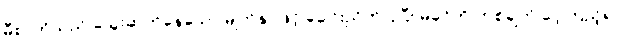
မီစာတိုသည် သွေးဆုတ်နေသော မျက်နှာဖြင့် ခေါင်းညိတ်ပြပြီး မိခင်ကို တစ်ချက် ဝေ့ကြည့်၍